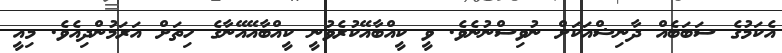
އެކަމުގެ ސަބަބެއް ދާނިޝްއަކަށް ނުވިސްނުނެވެ. ވީ ކީއްބާއޭކުރެވުނީ ކީއްބާއޭއޭނާގެ ހިތަށް އަރަމުންދިއެވެ. މިއީ